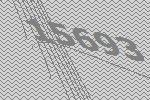
15693